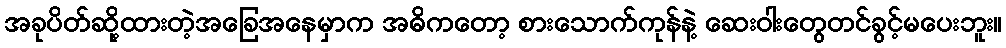
အခုပိတ်ဆို့ထားတဲ့အခြေအနေမှာက အဓိကတော့ စားသောက်ကုန်နဲ့ ဆေးဝါးတွေတင်ခွင့်မပေးဘူး။